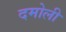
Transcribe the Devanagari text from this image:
दमोली